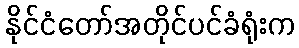
နိုင်ငံတော်အတိုင်ပင်ခံရုံးက